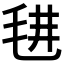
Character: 𣭌